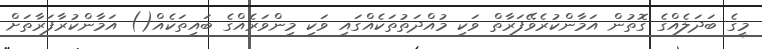
މީގެ ބަދަލެއްގެ ގޮތުން އަމާންކުރެވޭފަރާތް ވަކި މުއްދަތުތަކެއްގައި ވަކި މިންވަރެއްގެ ބައިތަކެއް() އަމާންކުރާފަރާތަށް